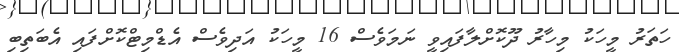
ހަތަރު މީހަކު މިހާރު ދޫކޮށްލާފައިވީ ނަމަވެސް 16 މީހަކު އަދިވެސް އެޑްމިޓްކޮށްފައި އެބަތިބި